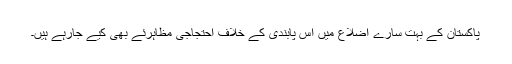
پاکستان کے بہت سارے اضلاع میں اس پابندی کے خلاف احتجاجی مظاہرئے بھی کیے جارہے ہیں۔